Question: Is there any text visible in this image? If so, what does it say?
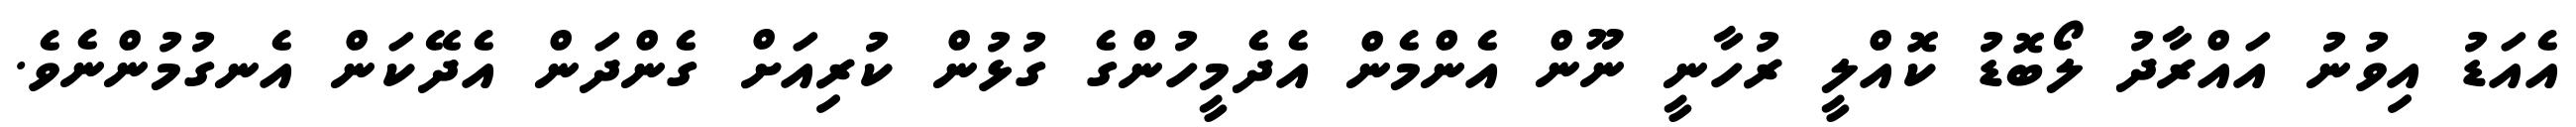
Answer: އެއަޑު އިވުނު އައްރާދު ލޯބޮޑު ކޮއްލީ ރުހާނީ ނޫން އެންމެން އެދެމީހުންގެ ގުޅުން ކުރިއަށް ގެންދަން އެދޭކަން އެނގުމުންނެވެ.